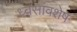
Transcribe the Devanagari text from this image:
ध्वसांवशेष